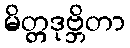
မိတ္တဒုဗ္ဘိတာ